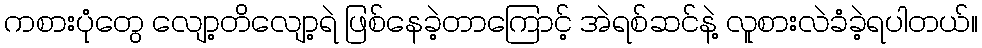
ကစားပုံတွေ လျော့တိလျော့ရဲ ဖြစ်နေခဲ့တာကြောင့် အဲရစ်ဆင်နဲ့ လူစားလဲခံခဲ့ရပါတယ်။